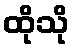
ထိုသို